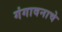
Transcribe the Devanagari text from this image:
गंगावनाचे